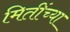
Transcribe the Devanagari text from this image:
मितींच्या